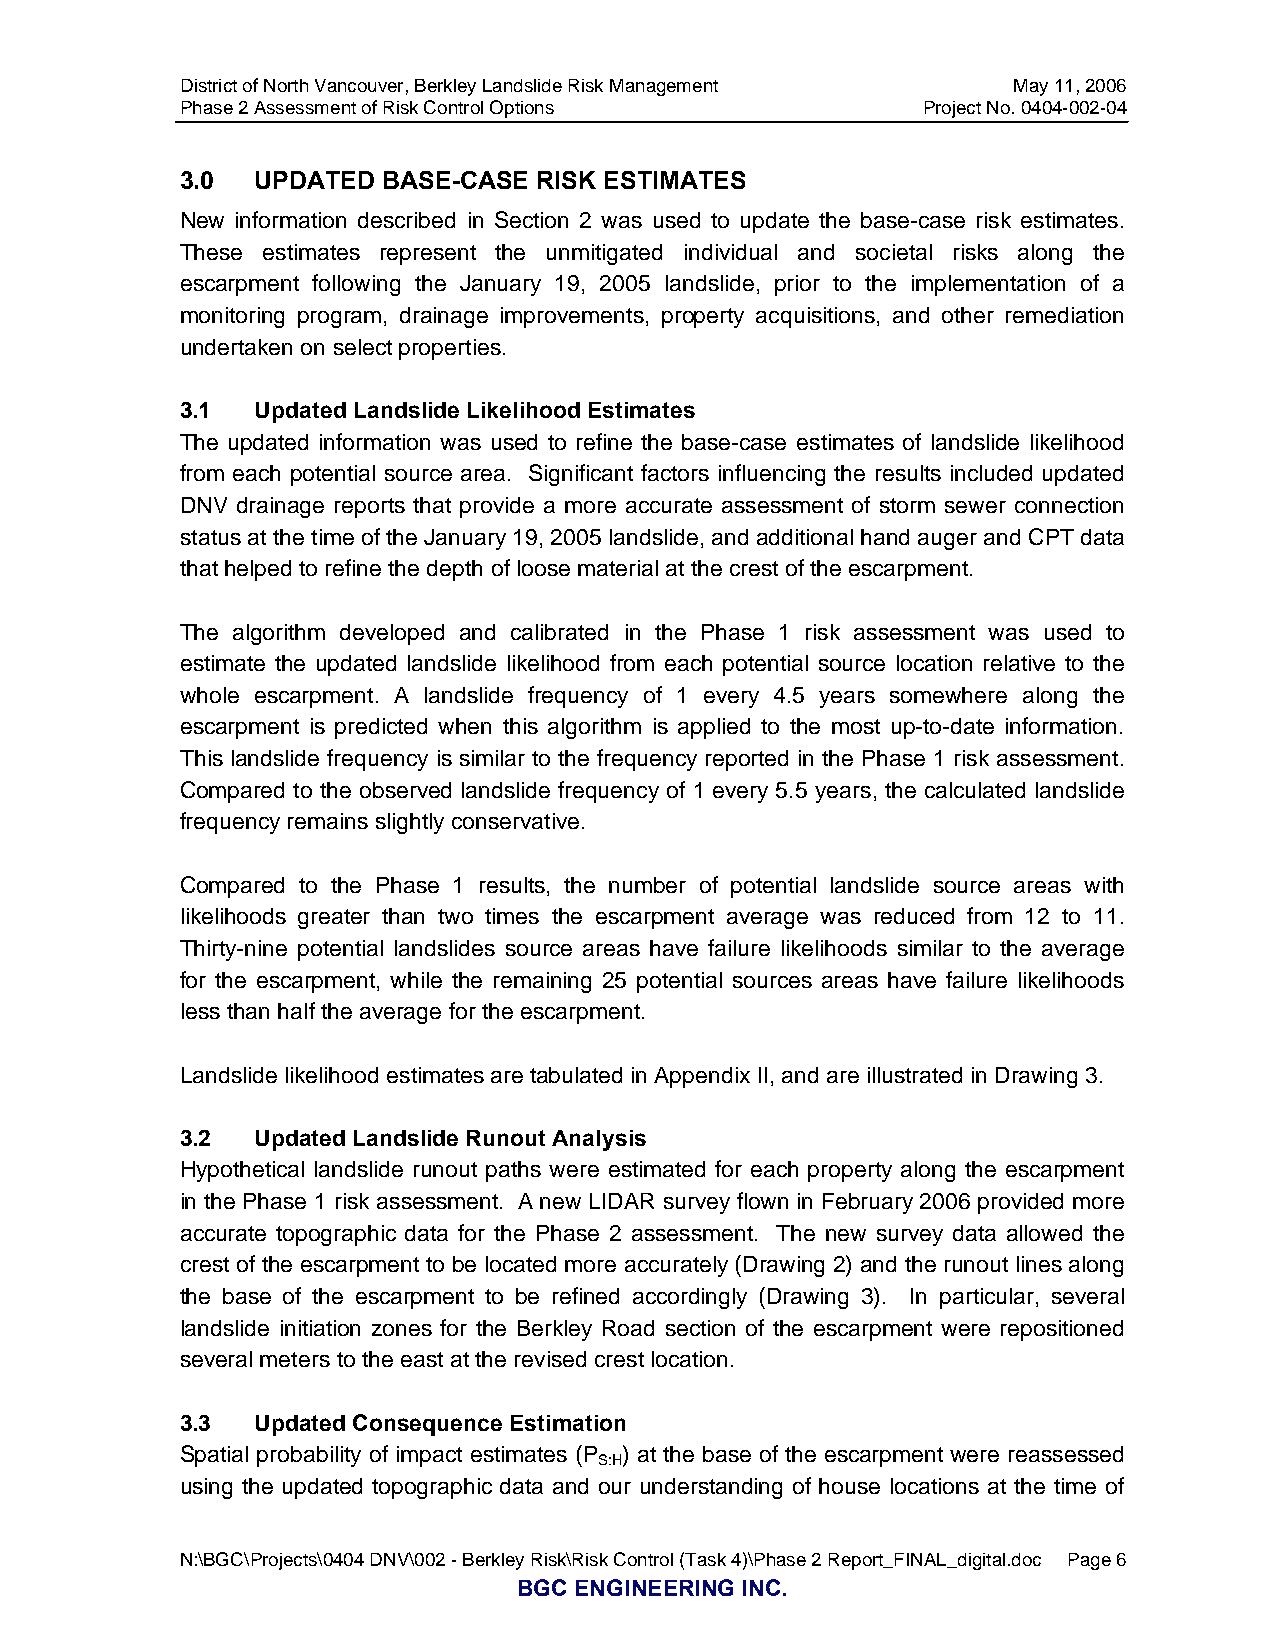
District of North Vancouver, Berkley Landslide Risk Management May 11, 2006
 Phase 2 Assessment of Risk Control Options       Project No. 0404-002-04
 3.0  UPDATED BASE-CASE  RISK ESTIMATES
 New information described in Section 2 was used to update the base-case risk estimates.
 These estimates represent the unmitigated individual and societal risks along the
 escarpment following the January 19, 2005 landslide, prior to the implementation of a
 monitoring program, drainage improvements, property acquisitions, and other remediation
 undertaken on select properties.
 3.1  Updated Landslide Likelihood Estimates
 The updated information was used to refine the base-case estimates of landslide likelihood
 from each potential source area. Significant factors influencing the results included updated
 DNV drainage reports that provide a more accurate assessment of storm sewer connection
 status at the time of the January 19, 2005 landslide, and additional hand auger and CPT data
 that helped to refine the depth of loose material at the crest of the escarpment.
 The algorithm developed and calibrated in the Phase 1 risk assessment was used to
 estimate the updated landslide likelihood from each potential source location relative to the
 whole escarpment. A landslide frequency of 1 every 4.5 years somewhere along the
 escarpment is predicted when this algorithm is applied to the most up-to-date information.
 This landslide frequency is similar to the frequency reported in the Phase 1 risk assessment.
 Compared to the observed landslide frequency of 1 every 5.5 years, the calculated landslide
 frequency remains slightly conservative.
 Compared to the Phase 1 results, the number of potential landslide source areas with
 likelihoods greater than two times the escarpment average was reduced from 12 to 11.
 Thirty-nine potential landslides source areas have failure likelihoods similar to the average
 for the escarpment, while the remaining 25 potential sources areas have failure likelihoods
 less than half the average for the escarpment.
 Landslide likelihood estimates are tabulated in Appendix II, and are illustrated in Drawing 3.
 3.2  Updated Landslide Runout Analysis
 Hypothetical landslide runout paths were estimated for each property along the escarpment
 in the Phase 1 risk assessment. A new LIDAR survey flown in February 2006 provided more
 accurate topographic data for the Phase 2 assessment. The new survey data allowed the
 crest of the escarpment to be located more accurately (Drawing 2) and the runout lines along
 the base of the escarpment to be refined accordingly (Drawing 3). In particular, several
 landslide initiation zones for the Berkley Road section of the escarpment were repositioned
 several meters to the east at the revised crest location.
 3.3  Updated Consequence Estimation
 Spatial probability of impact estimates (P ) at the base of the escarpment were reassessed
 S:H
 using the updated topographic data and our understanding of house locations at the time of
 N:\BGC\Projects\0404 DNV\002 - Berkley Risk\Risk Control (Task 4)\Phase 2 Report_FINAL_digital.doc Page 6
 BGC ENGINEERING INC.